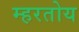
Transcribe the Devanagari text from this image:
म्हरतोय